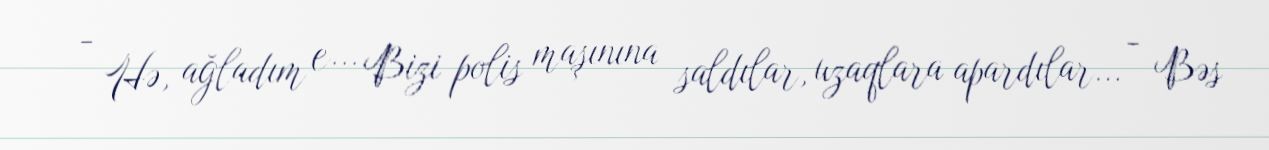
- Hə, ağladım e... Bizi polis maşınına saldılar, uzaqlara apardılar... - Bəs